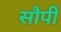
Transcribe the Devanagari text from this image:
सौपीं